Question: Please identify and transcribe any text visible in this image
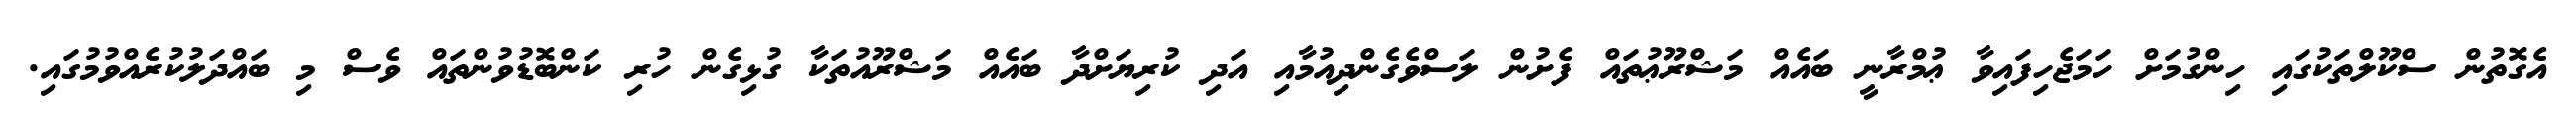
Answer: އެގޮތުން ސްކޫލްތަކުގައި ހިންގުމަށް ހަމަޖެހިފައިވާ ޢުމްރާނީ ބައެއް މަޝްރޫޢުތައް ފެށުން ލަސްވެގެންދިއުމާއި އަދި ކުރިޔަށްދާ ބައެއް މަޝްރޫއުތަކާ ގުޅިގެން ހުރި ކަންބޮޑުވުންތައް ވެސް މި ބައްދަލުކުރެއްވުމުގައި.